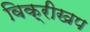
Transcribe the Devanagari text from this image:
विक्रीखप